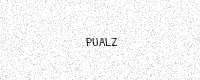
Text: PUALZ